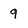
Character: q